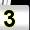
Digit: 3